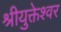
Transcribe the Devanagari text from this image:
श्रीयुक्तेश्वर